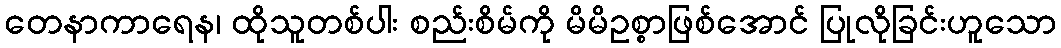
တေနာကာရေန၊ ထိုသူတစ်ပါး စည်းစိမ်ကို မိမိဥစ္စာဖြစ်အောင် ပြုလိုခြင်းဟူသော